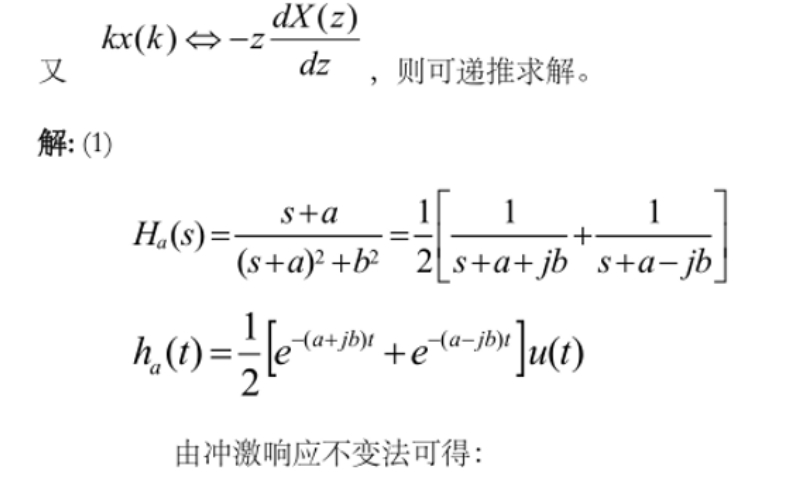
又 \(kx(k)\Leftrightarrow -z\frac{dX(z)}{dz}\)，则可递推求解。
解: (1)
\[
\begin{align*}
H_a(s)&=\frac{s + a}{(s + a)^2 + b^2}=\frac{1}{2}\left[\frac{1}{s + a+jb}+\frac{1}{s + a - jb}\right]\\
h_a(t)&=\frac{1}{2}\left[e^{-(a + jb)t}+e^{-(a - jb)t}\right]u(t)
\end{align*}
\]
由冲激响应不变法可得：